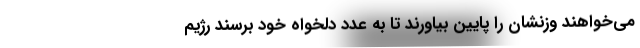
می‌خواهند وزنشان را پایین بیاورند تا به عدد دلخواه خود برسند رژیم‌